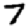
Digit: 7